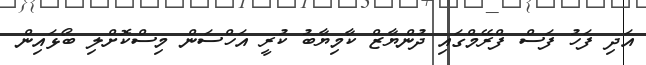
އަދި ފަހު ފަސް ފްރޭމްގައި ދުންޔާޒް ކާމިޔާބު ކުރީ އަހްސަން މިސްކޮށްލި ބޯޅައިން